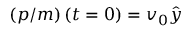
\left( \boldsymbol { p } / m \right) \left( t = 0 \right) = v _ { 0 } \hat { y }